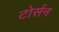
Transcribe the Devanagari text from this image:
टोर्सन